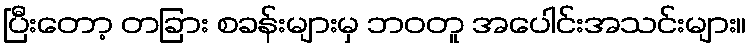
ပြီးတော့ တခြား စခန်းများမှ ဘဝတူ အပေါင်းအသင်းများ။